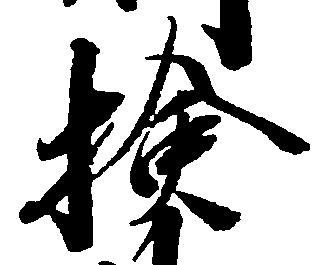
検